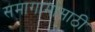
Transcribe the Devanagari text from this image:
समागामासाठी